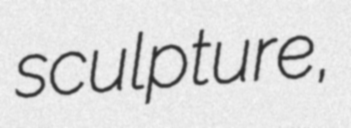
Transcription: sculpture,